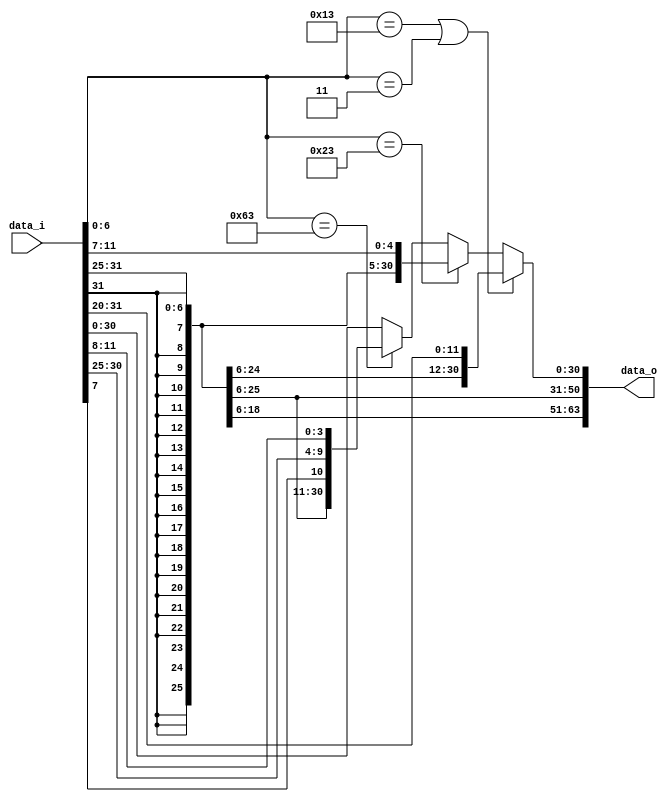
module Imm_Gen(
    data_i,
    data_o
    );

//I/O ports
input   [32-1:0] data_i;
output  [64-1:0] data_o;

//Internal Signals
reg     [64-1:0] data_o;

//Gen Imm
always @* begin
	if((data_i[6:0] == 7'b0010011) || (data_i[6:0] == 7'b0000011)) data_o = {{52{data_i[31]}},data_i[31:20]};
	else if (data_i[6:0] == 7'b0100011) data_o = {{52{data_i[31]}},data_i[31:25],data_i[11:7]};
    else if (data_i[6:0] == 7'b1100011) data_o = {{52{data_i[31]}},{data_i[31],data_i[7],data_i[30:25],data_i[11:8]}};
    else data_o = {{32{data_i[31]}},data_i};
end

endmodule